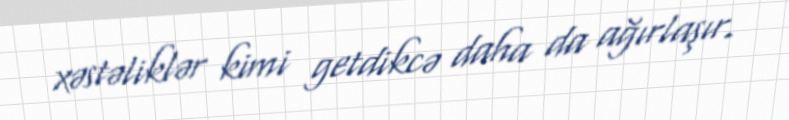
xəstəliklər kimi getdikcə daha da ağırlaşır.